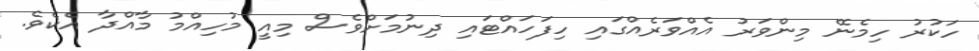
ހަކުރު ހިމެނޭ މިންވަރު އެއްވަރެއްގައި ހިފަހައްޓައި ދިނުމަށްވެސް މިއީ މުހިއްމު މާއްދާ އެކެވެ.